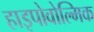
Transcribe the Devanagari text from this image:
हाइपोवोल्मिक